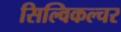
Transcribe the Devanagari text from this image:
सिल्विकल्चर